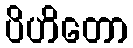
ပိဟိတော